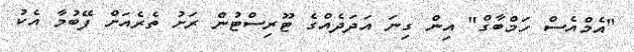
"އެމްއެސް ހަމްބާގް" އިން ގިނަ އަދަދެއްގެ ޓޫރިސްޓުން ރަށު ތެރެއަށް ފޭބުމާ އެކު